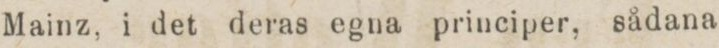
Mainz, i det deras egna principer, sådana